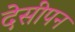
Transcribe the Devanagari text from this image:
देसीपन